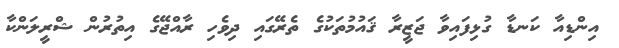
އިންޑިއާ ކަނޑާ ގުޅިފައިވާ ޖަޒީރާ ޤައުމުތަކުގެ ތެރޭގައި ދިވެހި ރާއްޖޭގެ އިތުރުން ޝްރީލަންކާ